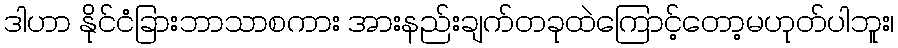
ဒါဟာ နိုင်ငံခြားဘာသာစကား အားနည်းချက်တခုထဲကြောင့်တော့မဟုတ်ပါဘူး၊